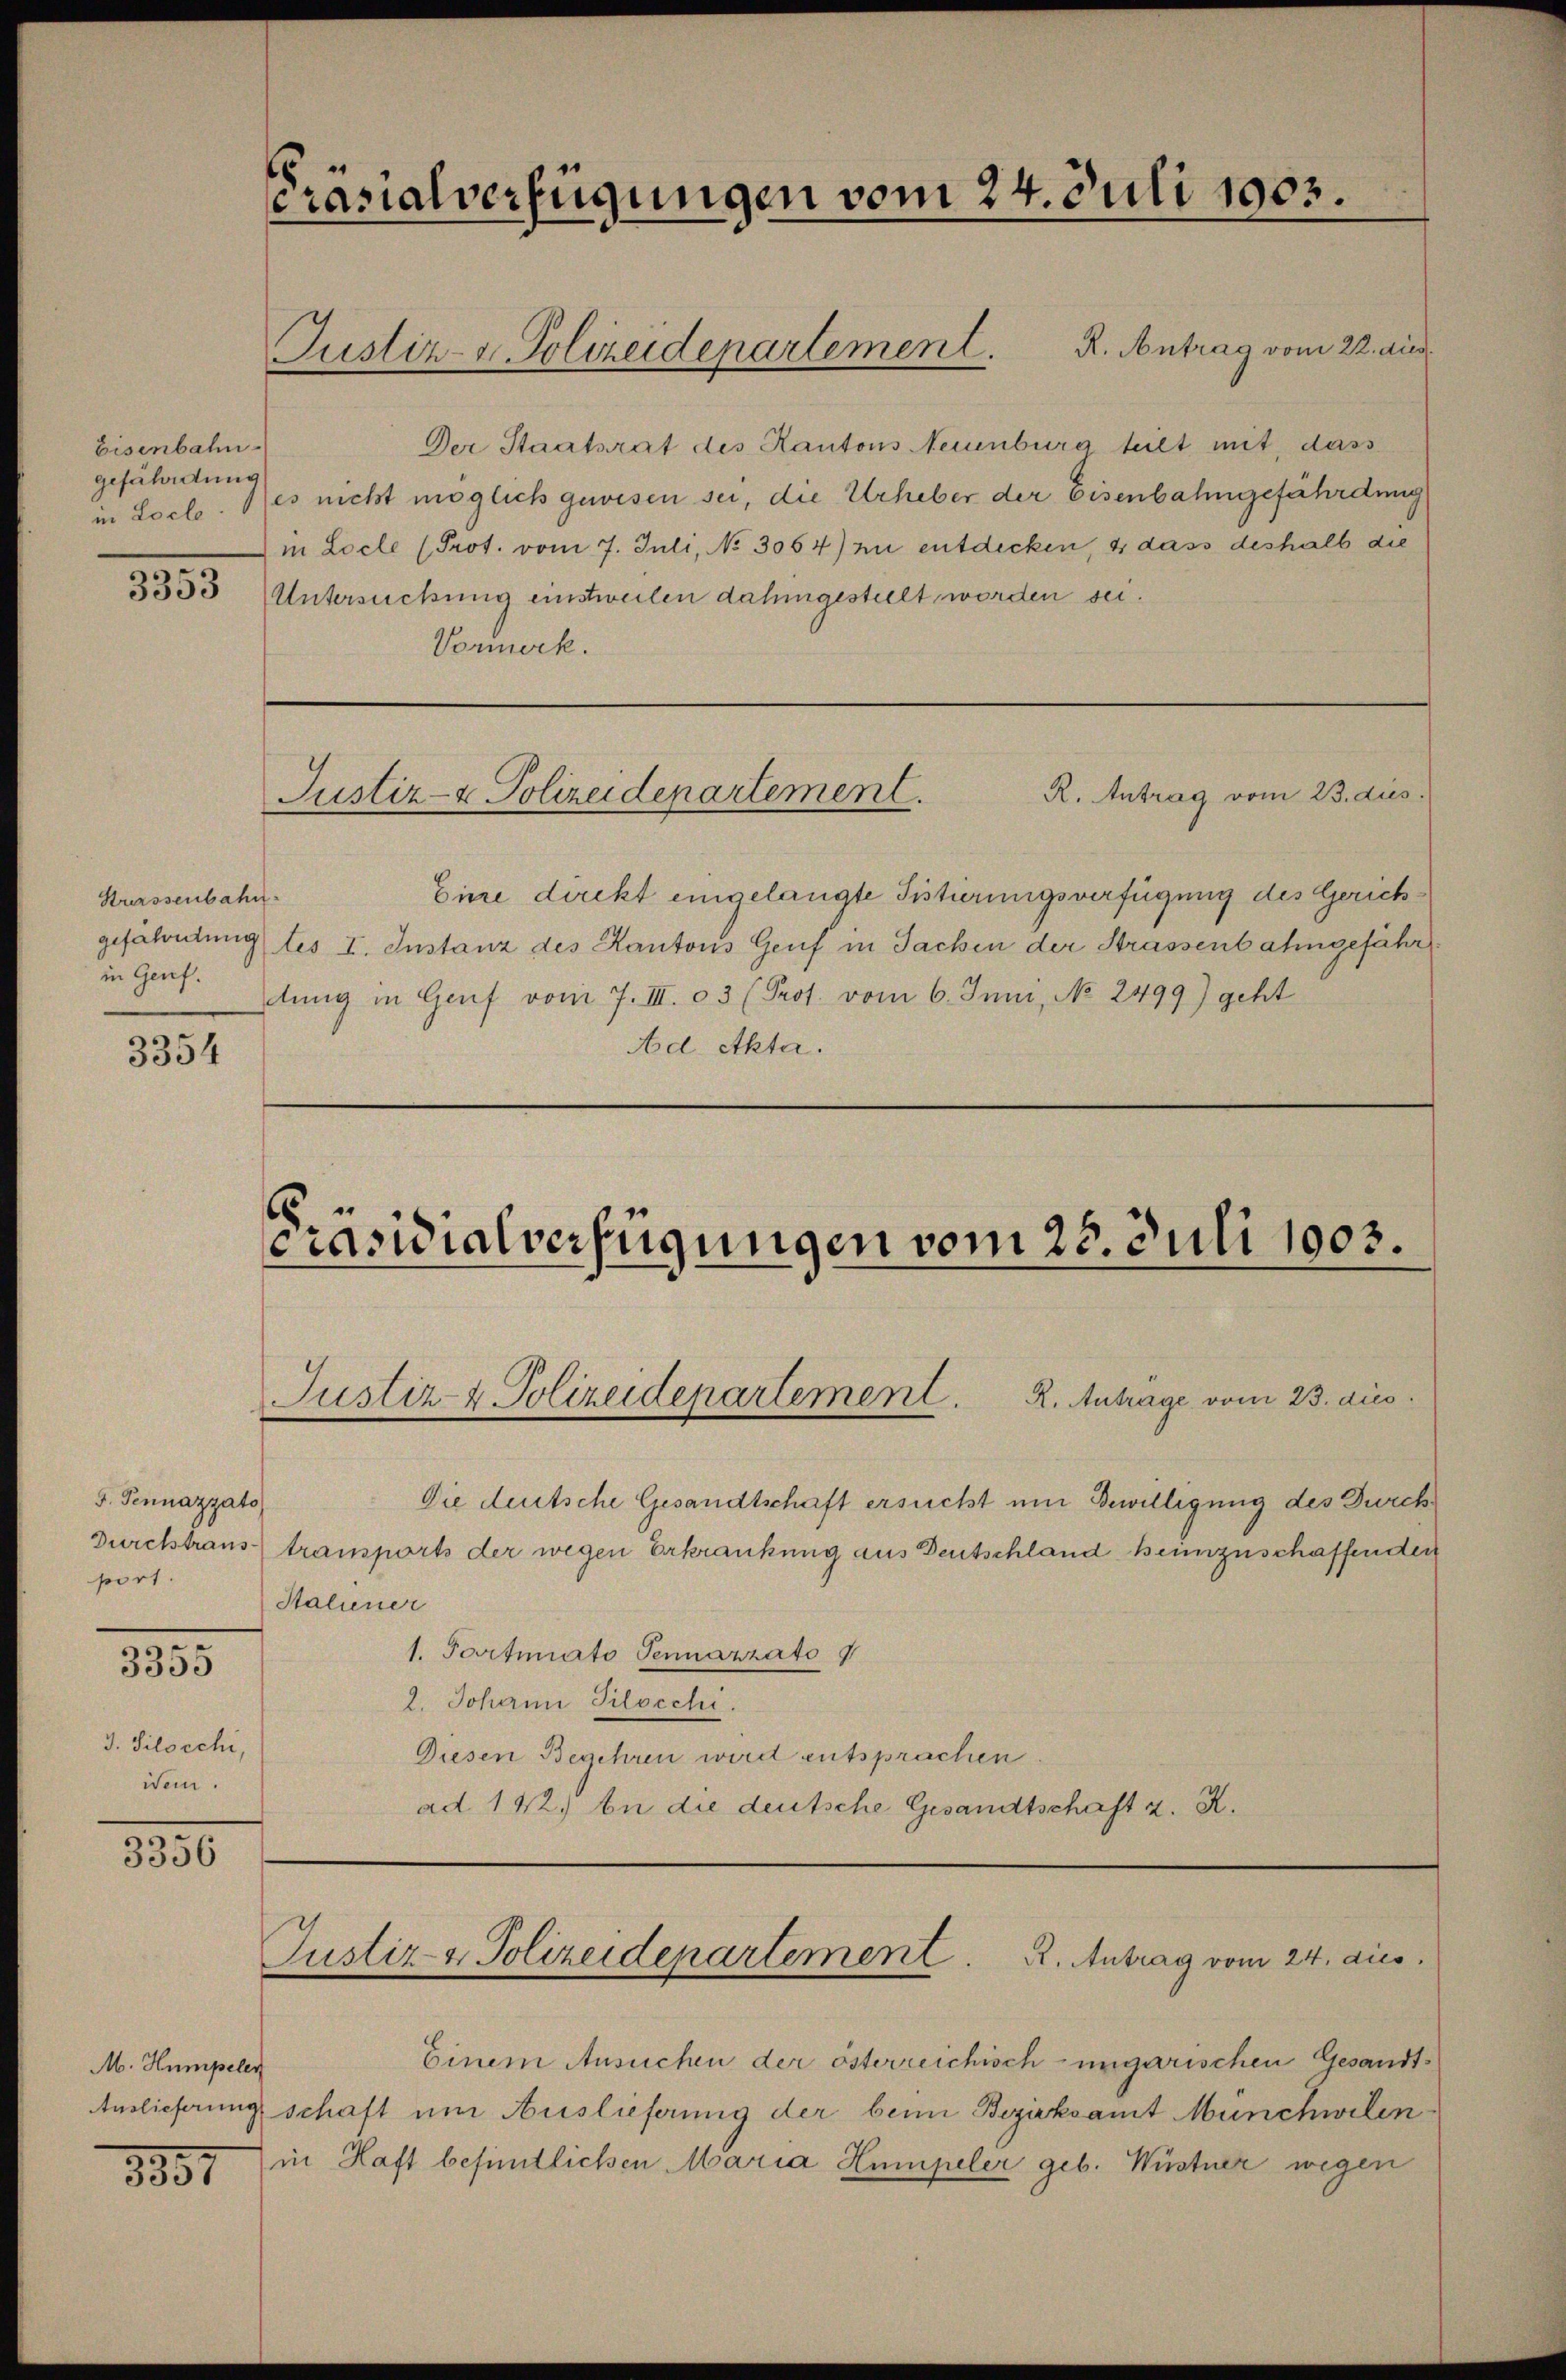
Präsialverfügungen vom 24. Juli 1902.

Justiz- & Polizeidenartement. R. Antrag vom 22. aus

Der Staatsrat des Kantons Neuenburg teilt mit, dass
in Loclo. Des nicht möglich gewesen sei, die Urheber der Eisenbahngefährdung
in Locle (Prot. vom 7. Juli, No 3064) zu entdecken, & dass deshalb die
Untersuchung einstweilen dahingestellt worden sei.
Vormerk.

Eisenbahn.
gefährdung

3353

R. Antrag vom 23. dies
Justiz- & Polizeidepartement.

Eine direkt eingelangte Sistierungsverfügung des Gerichgefahrengtes I. Instanz des Kantons Genf in Sachen der Strassenbahngefähr
tŭng in Genf vom 7. III. 3 (Prof. vom 6. Juni, No. 2499) geht
Ad Akta.

Kurssenbahn
in Genf.

3354

Präsidialverfügungen vom 28. Juli 1903.
Justiz- & Polizeidepartement. K. Antrage vom 23. dies

Die deutsche Gesandtschaft ersucht um Bewilligung des Durch
transports der wegen Erkrankung aus Deutschland heimzuschaffenden
Staliener
1. Portuito Sennazzato 9
2. Johann Pilocchi.
Diesen Begehren wird entsprachen
ad 142. In die deutsche Gesandtschaft z. R.

5. Pennazzato
Durchtransport.
3.

3355

3. Silocchi,
Wein.

.
5356

Justiz- & Polizeidepartement . . Antrag vom 24. dies

Einem Ansuchen der österreichisch-ungarischen Gesandt¬
Auslieferung schaft um Auslieferung der beim Bezirksamt Münchwilen
in Haft besitlichen Maria Humpeler geb. Wüstner wegen

M. Humpeler

3351